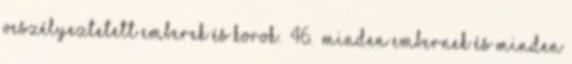
veszélyeztetett emberek és korok.” 46. „minden embernek és minden